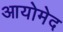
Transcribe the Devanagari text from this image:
आयोमेद